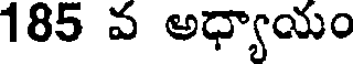
185 వ అధ్యాయం